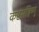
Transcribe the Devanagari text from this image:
कष्टसहिष्णु